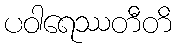
ပဝါရေဿတီတိ